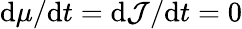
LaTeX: \mathrm{d}\mu/\mathrm{d}t=\mathrm{d}\mathcal{{J}}/\mathrm{d}t=0